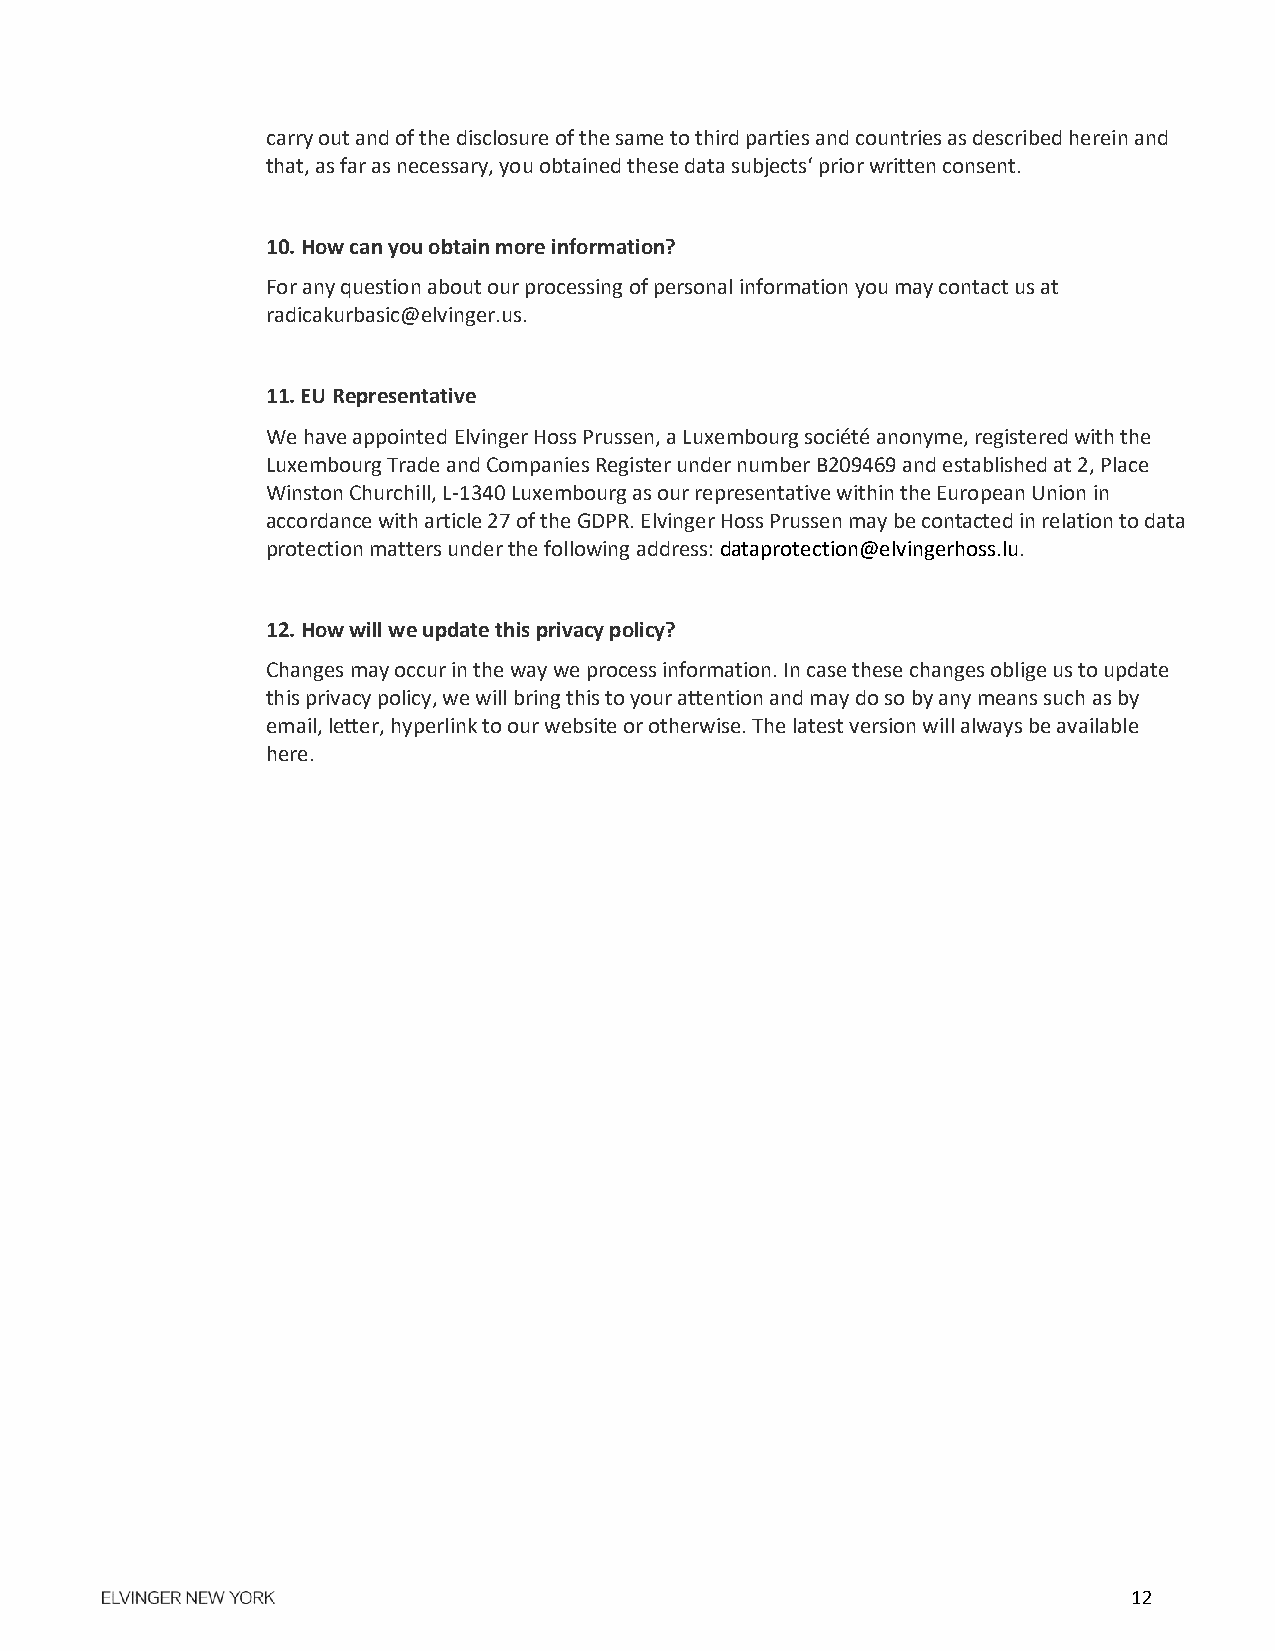
carry out and of the disclosure of the same to third parties and countries as described herein and
 that, as far as necessary, you obtained these data subjects‘ prior written consent.
 10. How can you obtain more information?
 For any question about our processing of personal information you may contact us at
 radicakurbasic@elvinger.us.
 11. EU Representative
 We have appointed Elvinger Hoss Prussen, a Luxembourg société anonyme, registered with the
 Luxembourg Trade and Companies Register under number B209469 and established at 2, Place
 Winston Churchill, L-1340 Luxembourg as our representative within the European Union in
 accordance with article 27 of the GDPR. Elvinger Hoss Prussen may be contacted in relation to data
 protection matters under the following address: dataprotection@elvingerhoss.lu.
 12. How will we update this privacy policy?
 Changes may occur in the way we process information. In case these changes oblige us to update
 this privacy policy, we will bring this to your attention and may do so by any means such as by
 email, letter, hyperlink to our website or otherwise. The latest version will always be available
 here.
 12